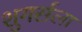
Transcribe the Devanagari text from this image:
शुगर्सला